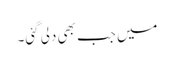
میں جب بھی دلی گئی۔